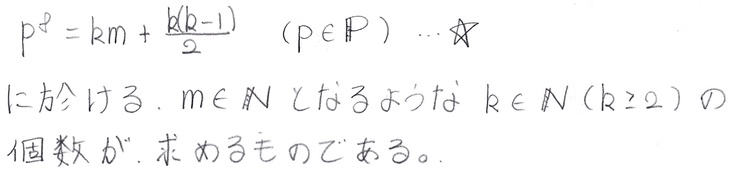
\[ p^{2}=km+\frac{k(k - 1)}{2}\quad (p\in\mathbb{P})\cdots\star \]
における. \(m\in\mathbb{N}\) とするような \(k\in\mathbb{N}(k\geq2)\) の個数が. 求めるものである.